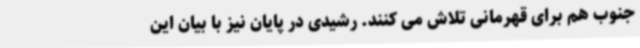
جنوب هم برای قهرمانی تلاش می کنند. رشیدی در پایان نیز با بیان این